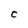
Character: C